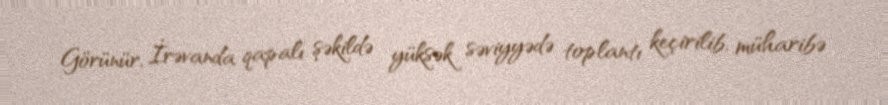
Görünür, İrəvanda qapalı şəkildə yüksək səviyyədə toplantı keçirilib, müharibə